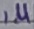
Text: 1µ